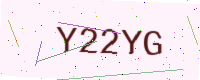
Text: Y22YG